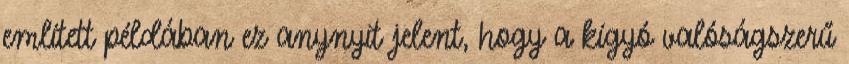
említett példában ez anynyit jelent, hogy a kígyó valóságszerű